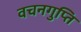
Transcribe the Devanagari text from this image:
वचनगुप्ति